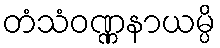
တံသံဝဏ္ဏနာယမ္ပိ